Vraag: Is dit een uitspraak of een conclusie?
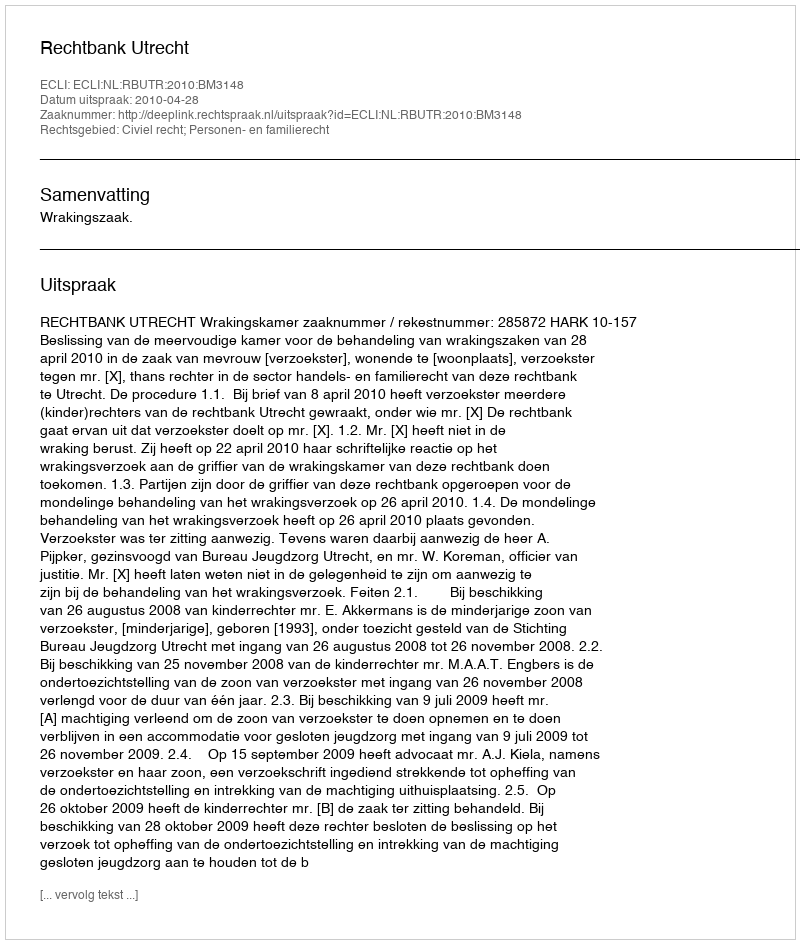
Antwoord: Uitspraak